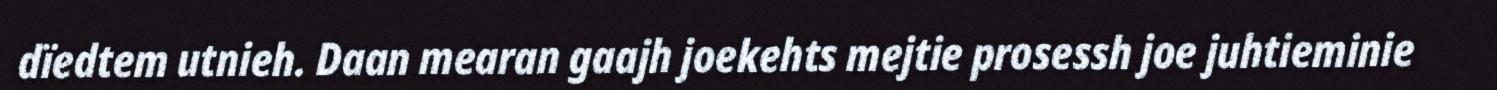
dïedtem utnieh. Daan mearan gaajh joekehts mejtie prosessh joe juhtieminie